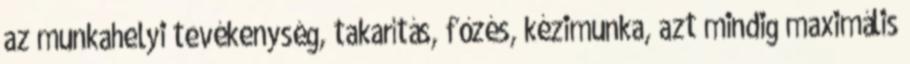
az munkahelyi tevékenység, takarítás, főzés, kézimunka, azt mindig maximális